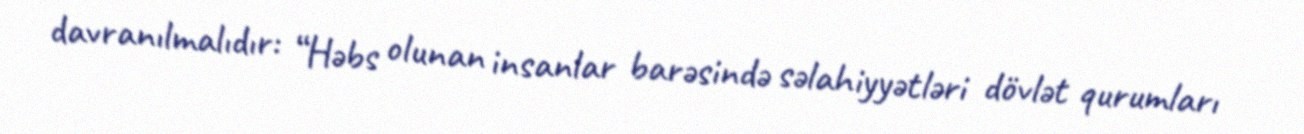
davranılmalıdır: “Həbs olunan insanlar barəsində səlahiyyətləri dövlət qurumları